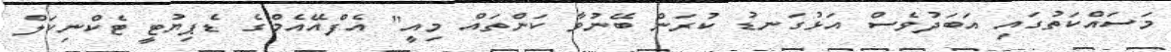
މަސައްކަތުގައި އަބަދުވެސް އަޅުގަނޑު ކުރަން ބޭނުވާ ކަންތައް މިއީ" އެފްއޭއެމްގެ ޑެޕިޔުޓީ ޓެކްނިކަލް